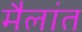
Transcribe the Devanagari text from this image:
मैलांत